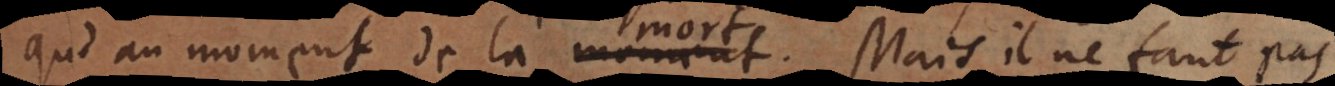
’au moment de la mort. Mais il ne faut pas